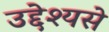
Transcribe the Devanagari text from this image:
उद्देश्‍यसे